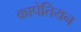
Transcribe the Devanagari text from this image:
कापेतियन